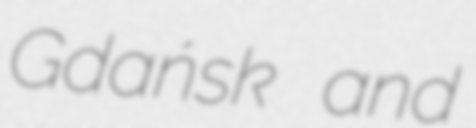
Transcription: Gdańsk and